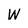
Character: W